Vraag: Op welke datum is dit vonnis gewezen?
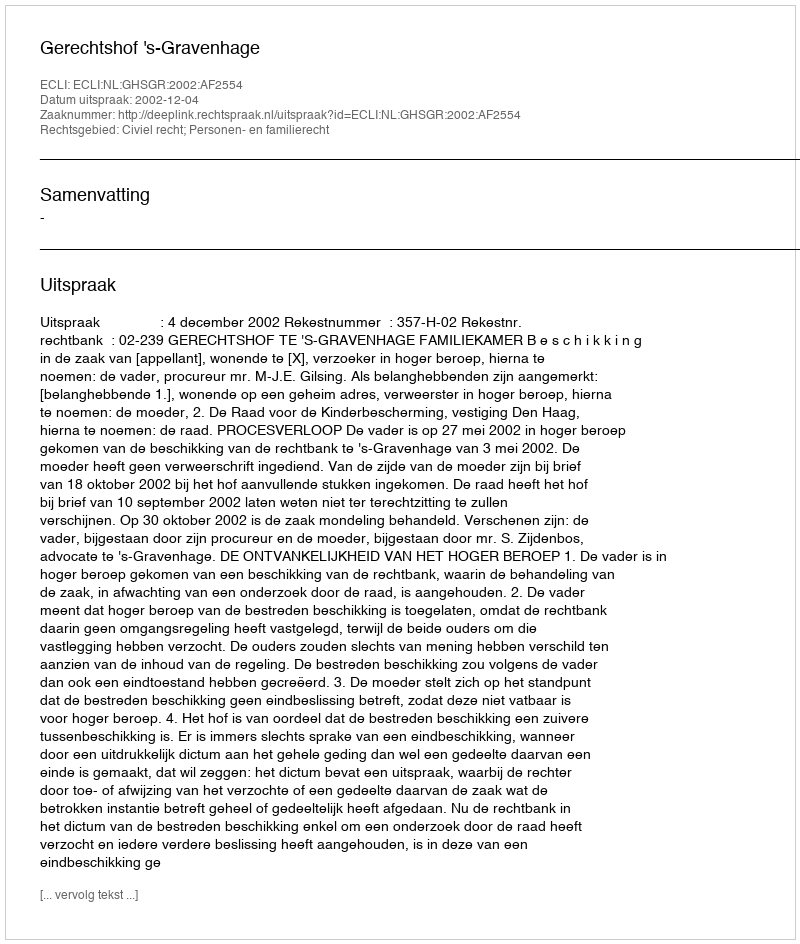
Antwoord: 2002-12-04